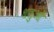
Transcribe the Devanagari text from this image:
धतुओं